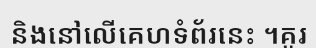
និងនៅលើគេហទំព័រនេះ ។គួរ